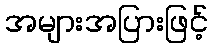
အများအပြားဖြင့်